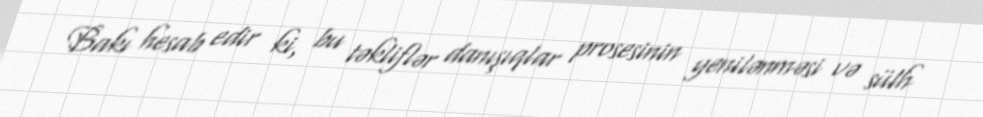
Bakı hesab edir ki, bu təkliflər danışıqlar prosesinin yenilənməsi və sülh